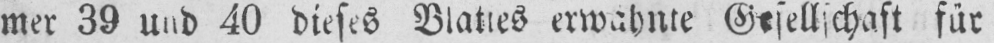
mer 39 und 40 dieses Blattes erwähnte Gesellschaft für